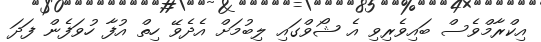
އިކްރާމްވެސް ބައިވެރިވި އެ ޝޯވްގައި ލިބުމަށް އެދެވޭ ހިތް އުފާ ހުވަފެން ފަދަ